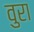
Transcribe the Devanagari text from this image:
वुरा